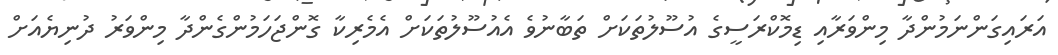
އަރައިގަންނަމުންދާ މިންވަރާއި ޑިމޮކްރަސީގެ އުސޫލުތަކަށް ތަބާނުވެ އެއުސޫލުތަކަށް އެމެރިކާ ގޮންޖަހަމުންގެންދާ މިންވަރު ދުނިޔެއަށް